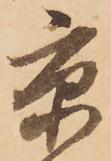
京